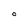
Character: O